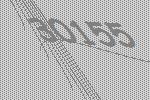
30155